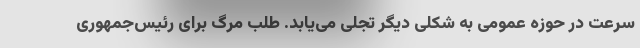
سرعت در حوزه عمومی به شکلی دیگر تجلی می‌یابد. طلب مرگ برای رئیس‌جمهوری